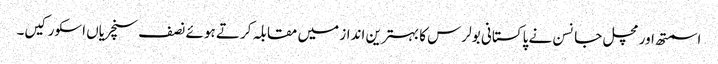
اسمتھ اور مچل جانسن نے پاکستانی بولرس کا بہترین انداز میں مقابلہ کرتے ہوئے نصف سنچریاں اسکور کیں۔